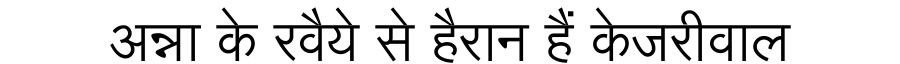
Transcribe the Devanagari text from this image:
अन्ना के रवैये से हैरान हैं केजरीवाल